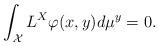
LaTeX: \begin{align*} \int_{{\cal X}} L^X \varphi(x, y) d\mu^y = 0.\end{align*}